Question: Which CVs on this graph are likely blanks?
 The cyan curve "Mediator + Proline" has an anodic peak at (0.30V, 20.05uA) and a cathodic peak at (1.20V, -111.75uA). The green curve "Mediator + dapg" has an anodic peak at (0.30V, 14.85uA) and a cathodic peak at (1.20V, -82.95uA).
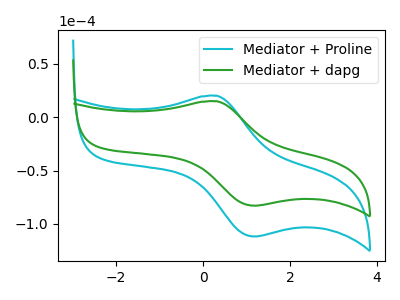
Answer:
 <answer>There are not any CV's on this graph that are likely to be blanks.</answer>
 <eval>none</eval>